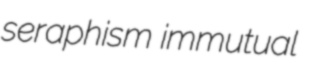
seraphism immutual